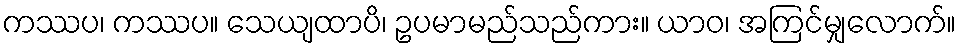
ကဿပ၊ ကဿပ။ သေယျထာပိ၊ ဥပမာမည်သည်ကား။ ယာဝ၊ အကြင်မျှလောက်။